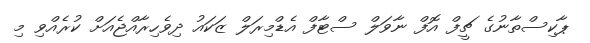
ޕާކިސްތާނުގެ ޗީފް އޮފް ނާވަލް ސްޓާފް އެޑްމިރަލް ޒަކައު ދިވެހިރާއްޖެއަށް ކުރެއްވި މި